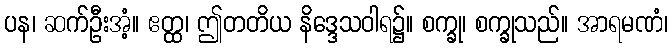
ပန၊ ဆက်ဦးအံ့။ ဧတ္ထ၊ ဤတတိယ နိဒ္ဒေသဝါရ၌။ စက္ခု၊ စက္ခုသည်။ အာရမဏံ၊